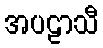
အပဠာသီ